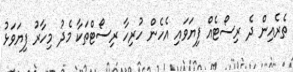
ތެރެއިން ދެ ރިސޯޓެއް ފިޔަވައި އެހެން ހުރިހާ ރިސޯޓްތަކާ މެދު މިހާރު ފިޔަވަޅު